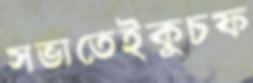
সভাতেইকুচফ